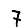
Digit: 7